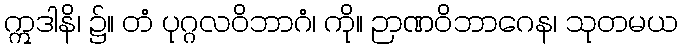
ဣဒါနိ၊ ၌။ တံ ပုဂ္ဂလဝိဘာဂံ၊ ကို။ ဉာဏဝိဘာဂေန၊ သုတမယ